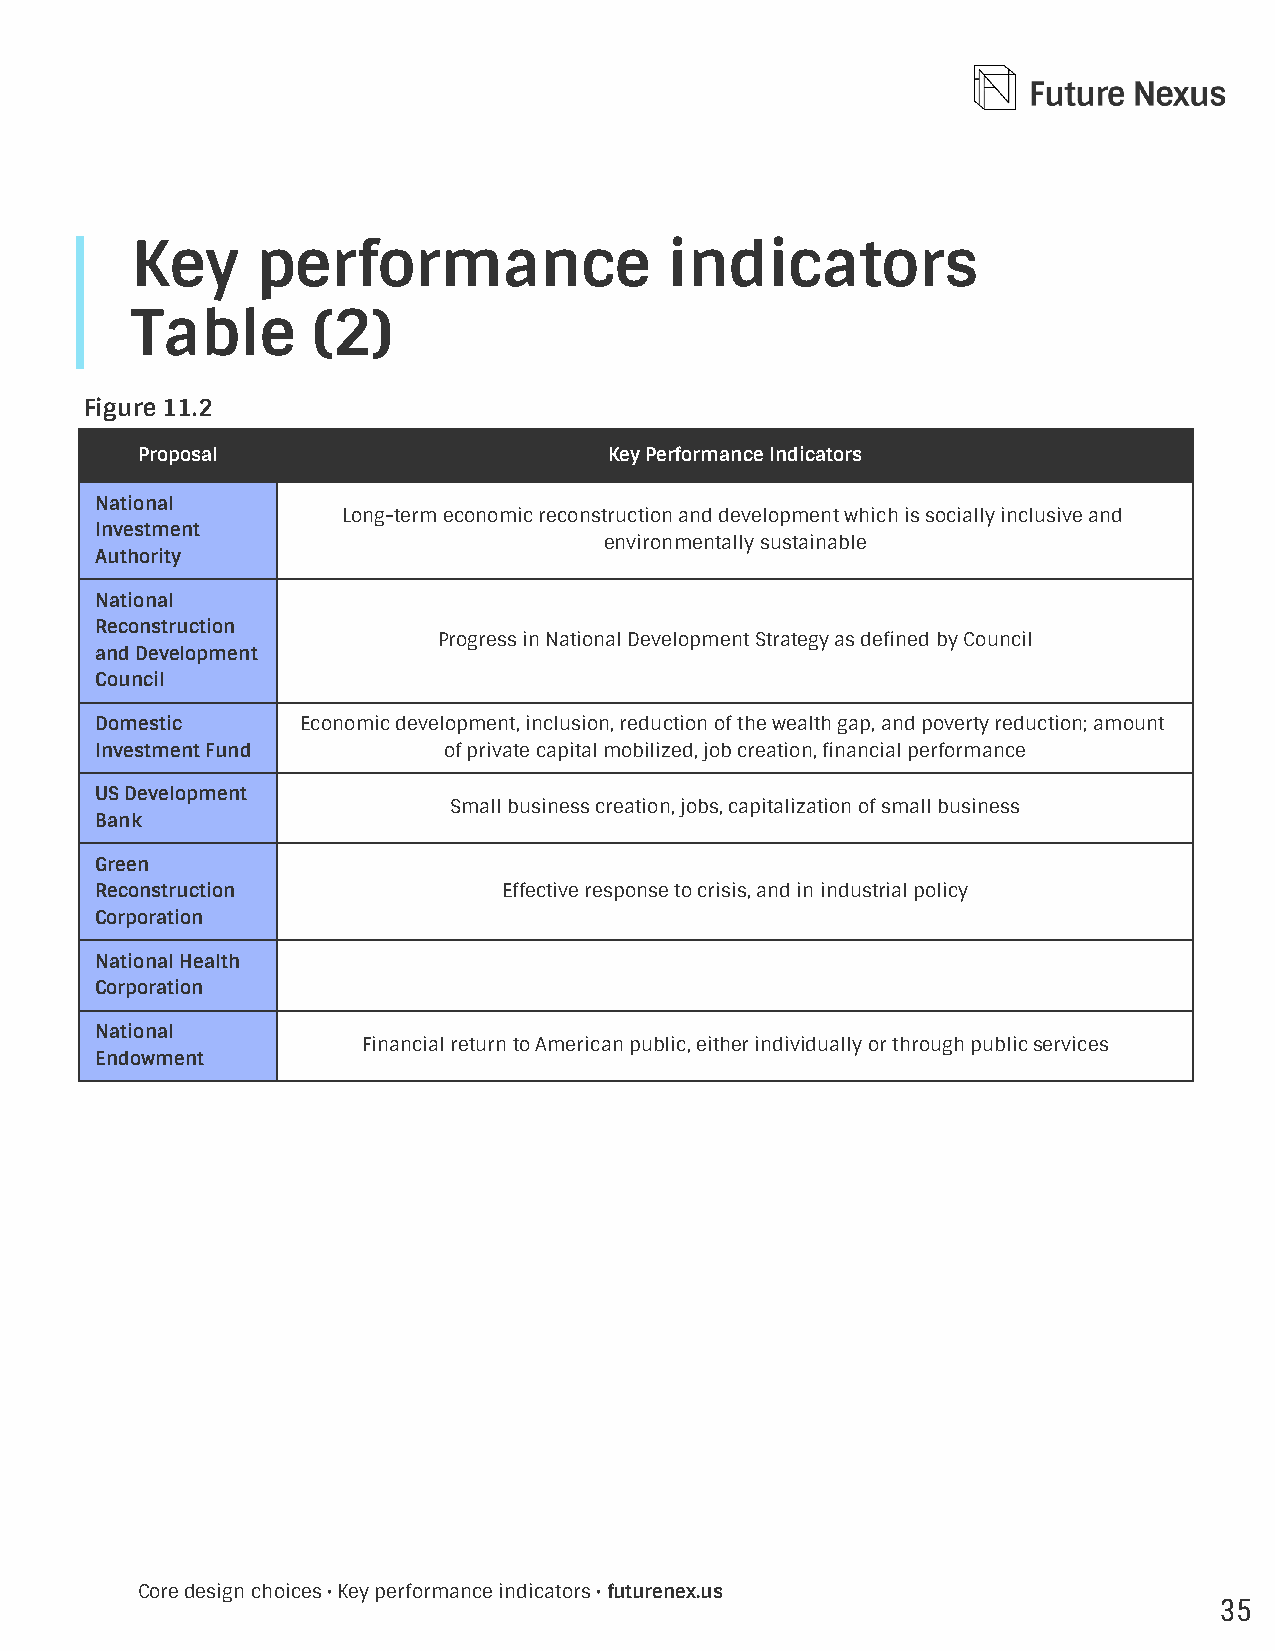
Key     performance                indicators
 Table       (2)
 Figure 11.2
 Proposal                       Key Performance Indicators
 National
 Long-term economic reconstruction and development which is socially inclusive and
 Investment
 environmentally sustainable
 Authority
 National
 Reconstruction
 Progress in National Development Strategy as dened by Council
 and Development
 Council
 Domestic      Economic development, inclusion, reduction of the wealth gap, and poverty reduction; amount
 Investment Fund        of private capital mobilized, job creation, nancial performance
 US Development
 Small business creation, jobs, capitalization of small business
 Bank
 Green
 Reconstruction             Effective response to crisis, and in industrial policy
 Corporation
 National Health
 Corporation
 National
 Financial return to American public, either individually or through public services
 Endowment
 Core design choices • Key performance indicators • futurenex.us
 35